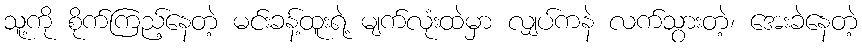
သူ့ကို စိုက်ကြည့်နေတဲ့ မင်းခန့်ထူးရဲ့ မျက်လုံးထဲမှာ လျှပ်ကနဲ လက်သွားတဲ့၊ အေးခဲနေတဲ့